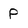
Character: P